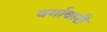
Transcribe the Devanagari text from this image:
वर्गावारी